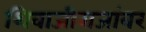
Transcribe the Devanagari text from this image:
शिवाजीराजांवर